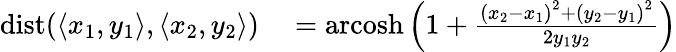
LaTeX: \begin{array}{rl}{\operatorname{dist}(\langle x_{1},y_{1}\rangle,\langle x_{2},y_{2}\rangle)}&{{}=\operatorname{arcosh}\left(1+{\frac{{(x_{2}-x_{1})}^{2}+{(y_{2}-y_{1})}^{2}}{2y_{1}y_{2}}}\right)}\end{array}